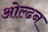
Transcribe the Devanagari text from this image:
ओल्ढन